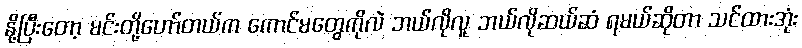
နို့ပြီးတော့ မင်းတို့ဟော်တယ်က ကောင်မတွေကိုလဲ ဘယ်လိုလူ ဘယ်လိုဆယ်ဆံ ရမယ်ဆိုတာ သင်ထားအုံး